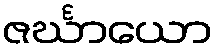
ဇင်္ဃာယော